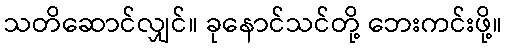
သတိဆောင်လျှင်။ ခုနောင်သင်တို့ ဘေးကင်းဖို့။